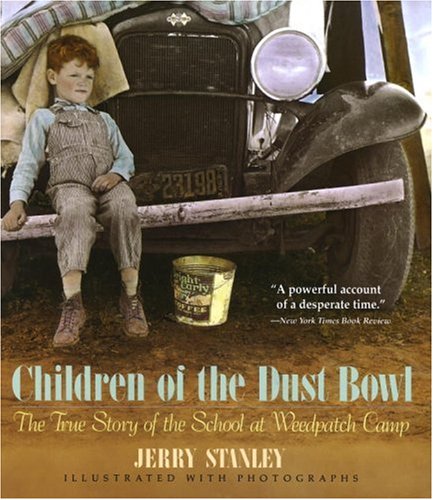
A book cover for Children of the Dust Bowl: The True Story of the School at Weedpatch Camp; Jerry Stanley; Children's Books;